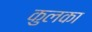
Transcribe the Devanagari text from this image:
कुलका